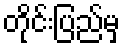
တိုင်းပြည်မှ